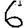
Digit: 6